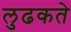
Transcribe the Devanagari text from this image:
लुढकते